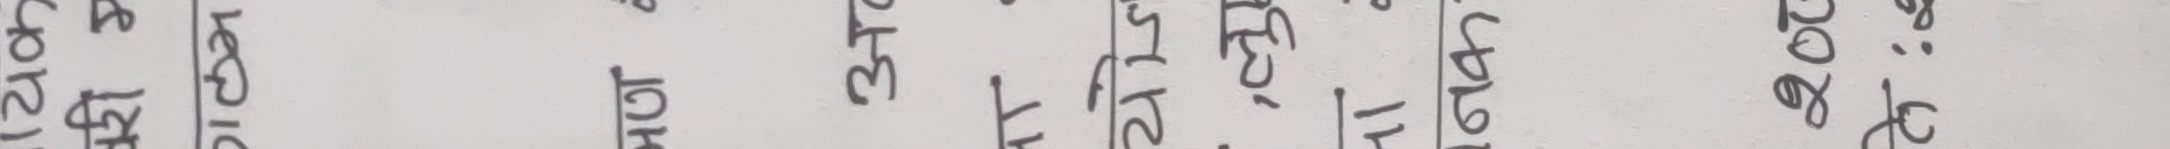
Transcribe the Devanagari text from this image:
लैंगरको २७६, भैसी, ११९, च्याड्ने २८ र बगेनीको २७ गाईको